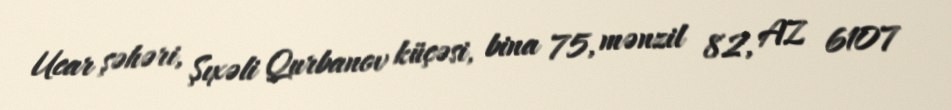
Ucar şəhəri, Şıxəli Qurbanov küçəsi, bina 75, mənzil 82, AZ 6107